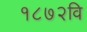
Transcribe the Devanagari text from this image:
१८७२वि